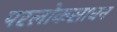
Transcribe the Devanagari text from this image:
परलोकसाधन